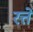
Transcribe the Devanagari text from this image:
रत्ते